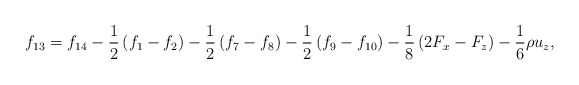
\begin{align*}{f_{13}} = {f_{14}} - \frac{1}{2}\left( {{f_1} - {f_2}} \right) - \frac{1}{2}\left( {{f_7} - {f_8}} \right) - \frac{1}{2}\left( {{f_9} - {f_{10}}} \right) - \frac{1}{8}\left( {2{F_x} - {F_z}} \right) - \frac{1}{6}\rho {u_z},\end{align*}